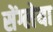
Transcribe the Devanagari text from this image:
सेंग्लेया